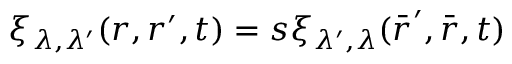
\xi _ { \lambda , \lambda ^ { \prime } } ( \boldsymbol { r } , \boldsymbol { r } ^ { \prime } , t ) = s \xi _ { \lambda ^ { \prime } , \lambda } ( \bar { \boldsymbol { r } } ^ { \prime } , \bar { \boldsymbol { r } } , t )